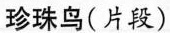
珍珠鸟(片段)